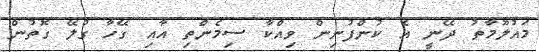
މައުލޫމާތު ދޭނީ އެ ކުންފުނިން ވިއްކާ ސިމެންތި އާއި ގޭހާ ގުލޭ ގޮތުން